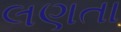
લણતા